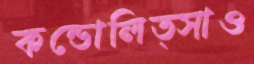
কন্ডোলিত্সাও